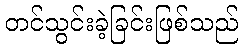
တင်သွင်းခဲ့ခြင်းဖြစ်သည်